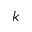
k